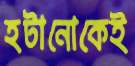
হটানোকেই